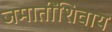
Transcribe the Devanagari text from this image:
जमातींशिवाय